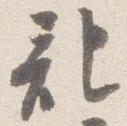
記